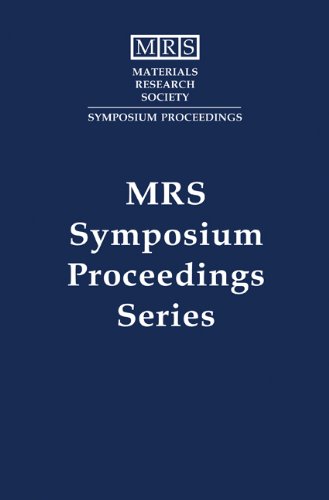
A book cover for Beam-Solid Interactions: Volume 279: Fundamentals and Applications (MRS Proceedings); Science & Math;